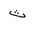
Letter: _tha